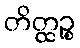
တိတ္ထဉ္စ